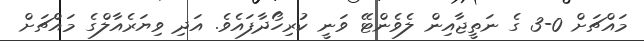
މައްޗަށް 0-3 ގެ ނަތީޖާއިން ލެވެންޓޭ ވަނީ ކުރިހޯދާފައެވެ. އަދި ވިޔަރެއާލްގެ މައްޗަށް